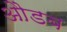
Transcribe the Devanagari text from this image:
औडब